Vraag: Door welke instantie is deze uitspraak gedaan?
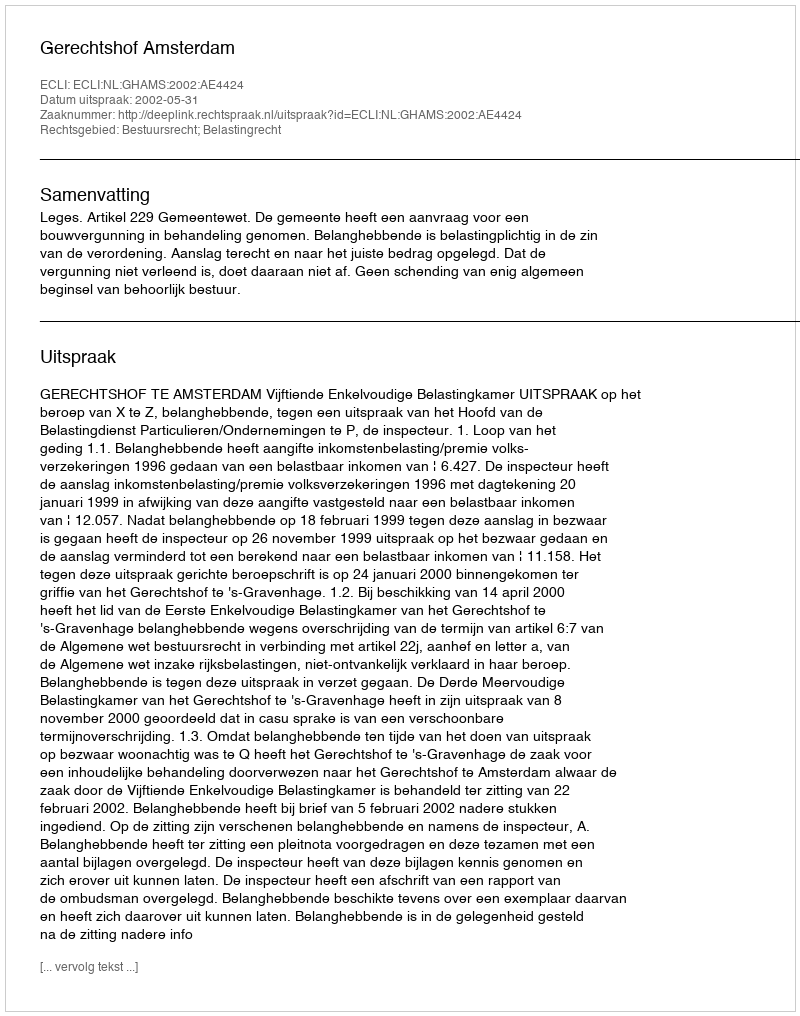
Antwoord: Gerechtshof Amsterdam